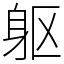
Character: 躯